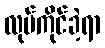
လုပ်ကိုင်ခဲ့ရာ